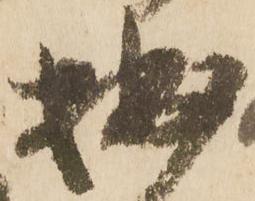
拙